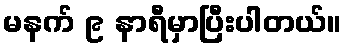
မနက် ၉ နာရီမှာပြီးပါတယ်။